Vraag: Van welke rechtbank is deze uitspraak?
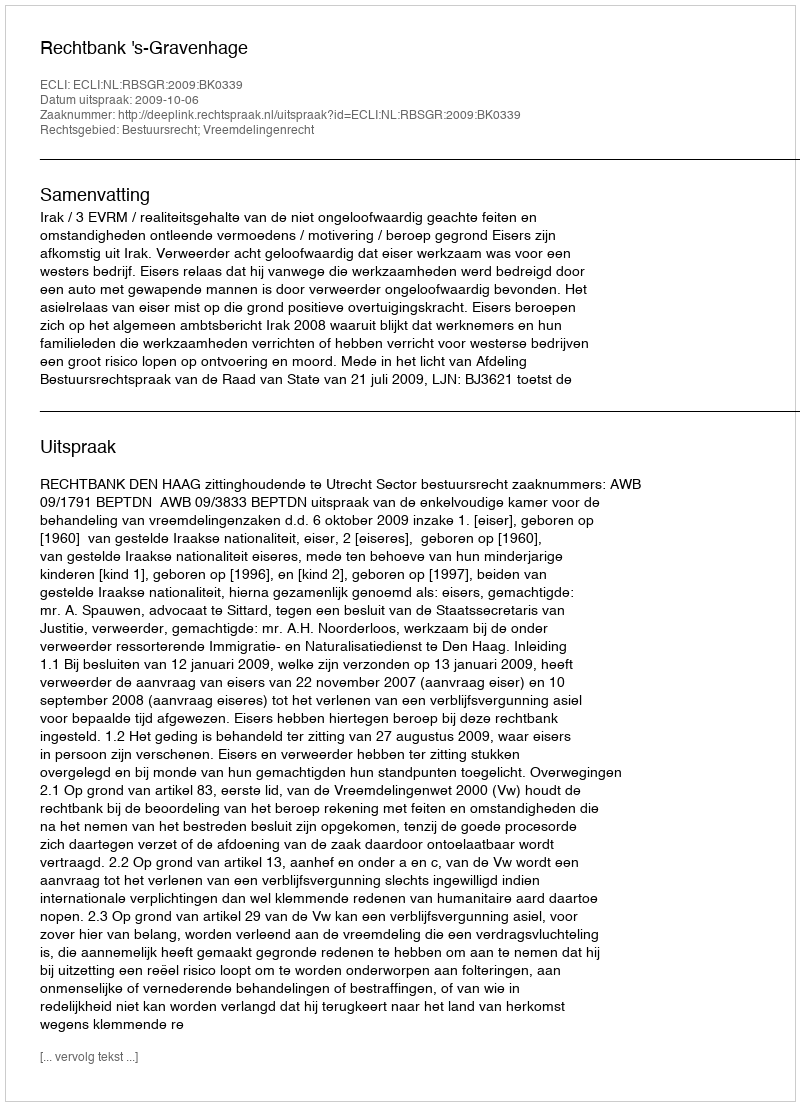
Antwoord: Rechtbank 's-Gravenhage